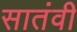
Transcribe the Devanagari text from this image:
सातंवी